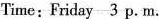
Time: Friday 3 p.m. y?